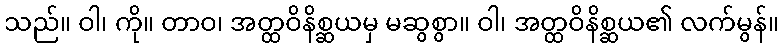
သည်။ ဝါ၊ ကို။ တာဝ၊ အတ္ထဝိနိစ္ဆယမှ မဆွစွာ။ ဝါ၊ အတ္ထဝိနိစ္ဆယ၏ လက်မွန်။